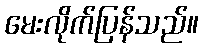
မေးလိုက်ပြန်သည်။